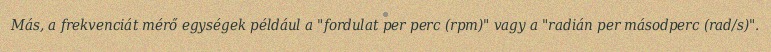
Más, a frekvenciát mérő egységek például a "fordulat per perc (rpm)" vagy a "radián per másodperc (rad/s)".